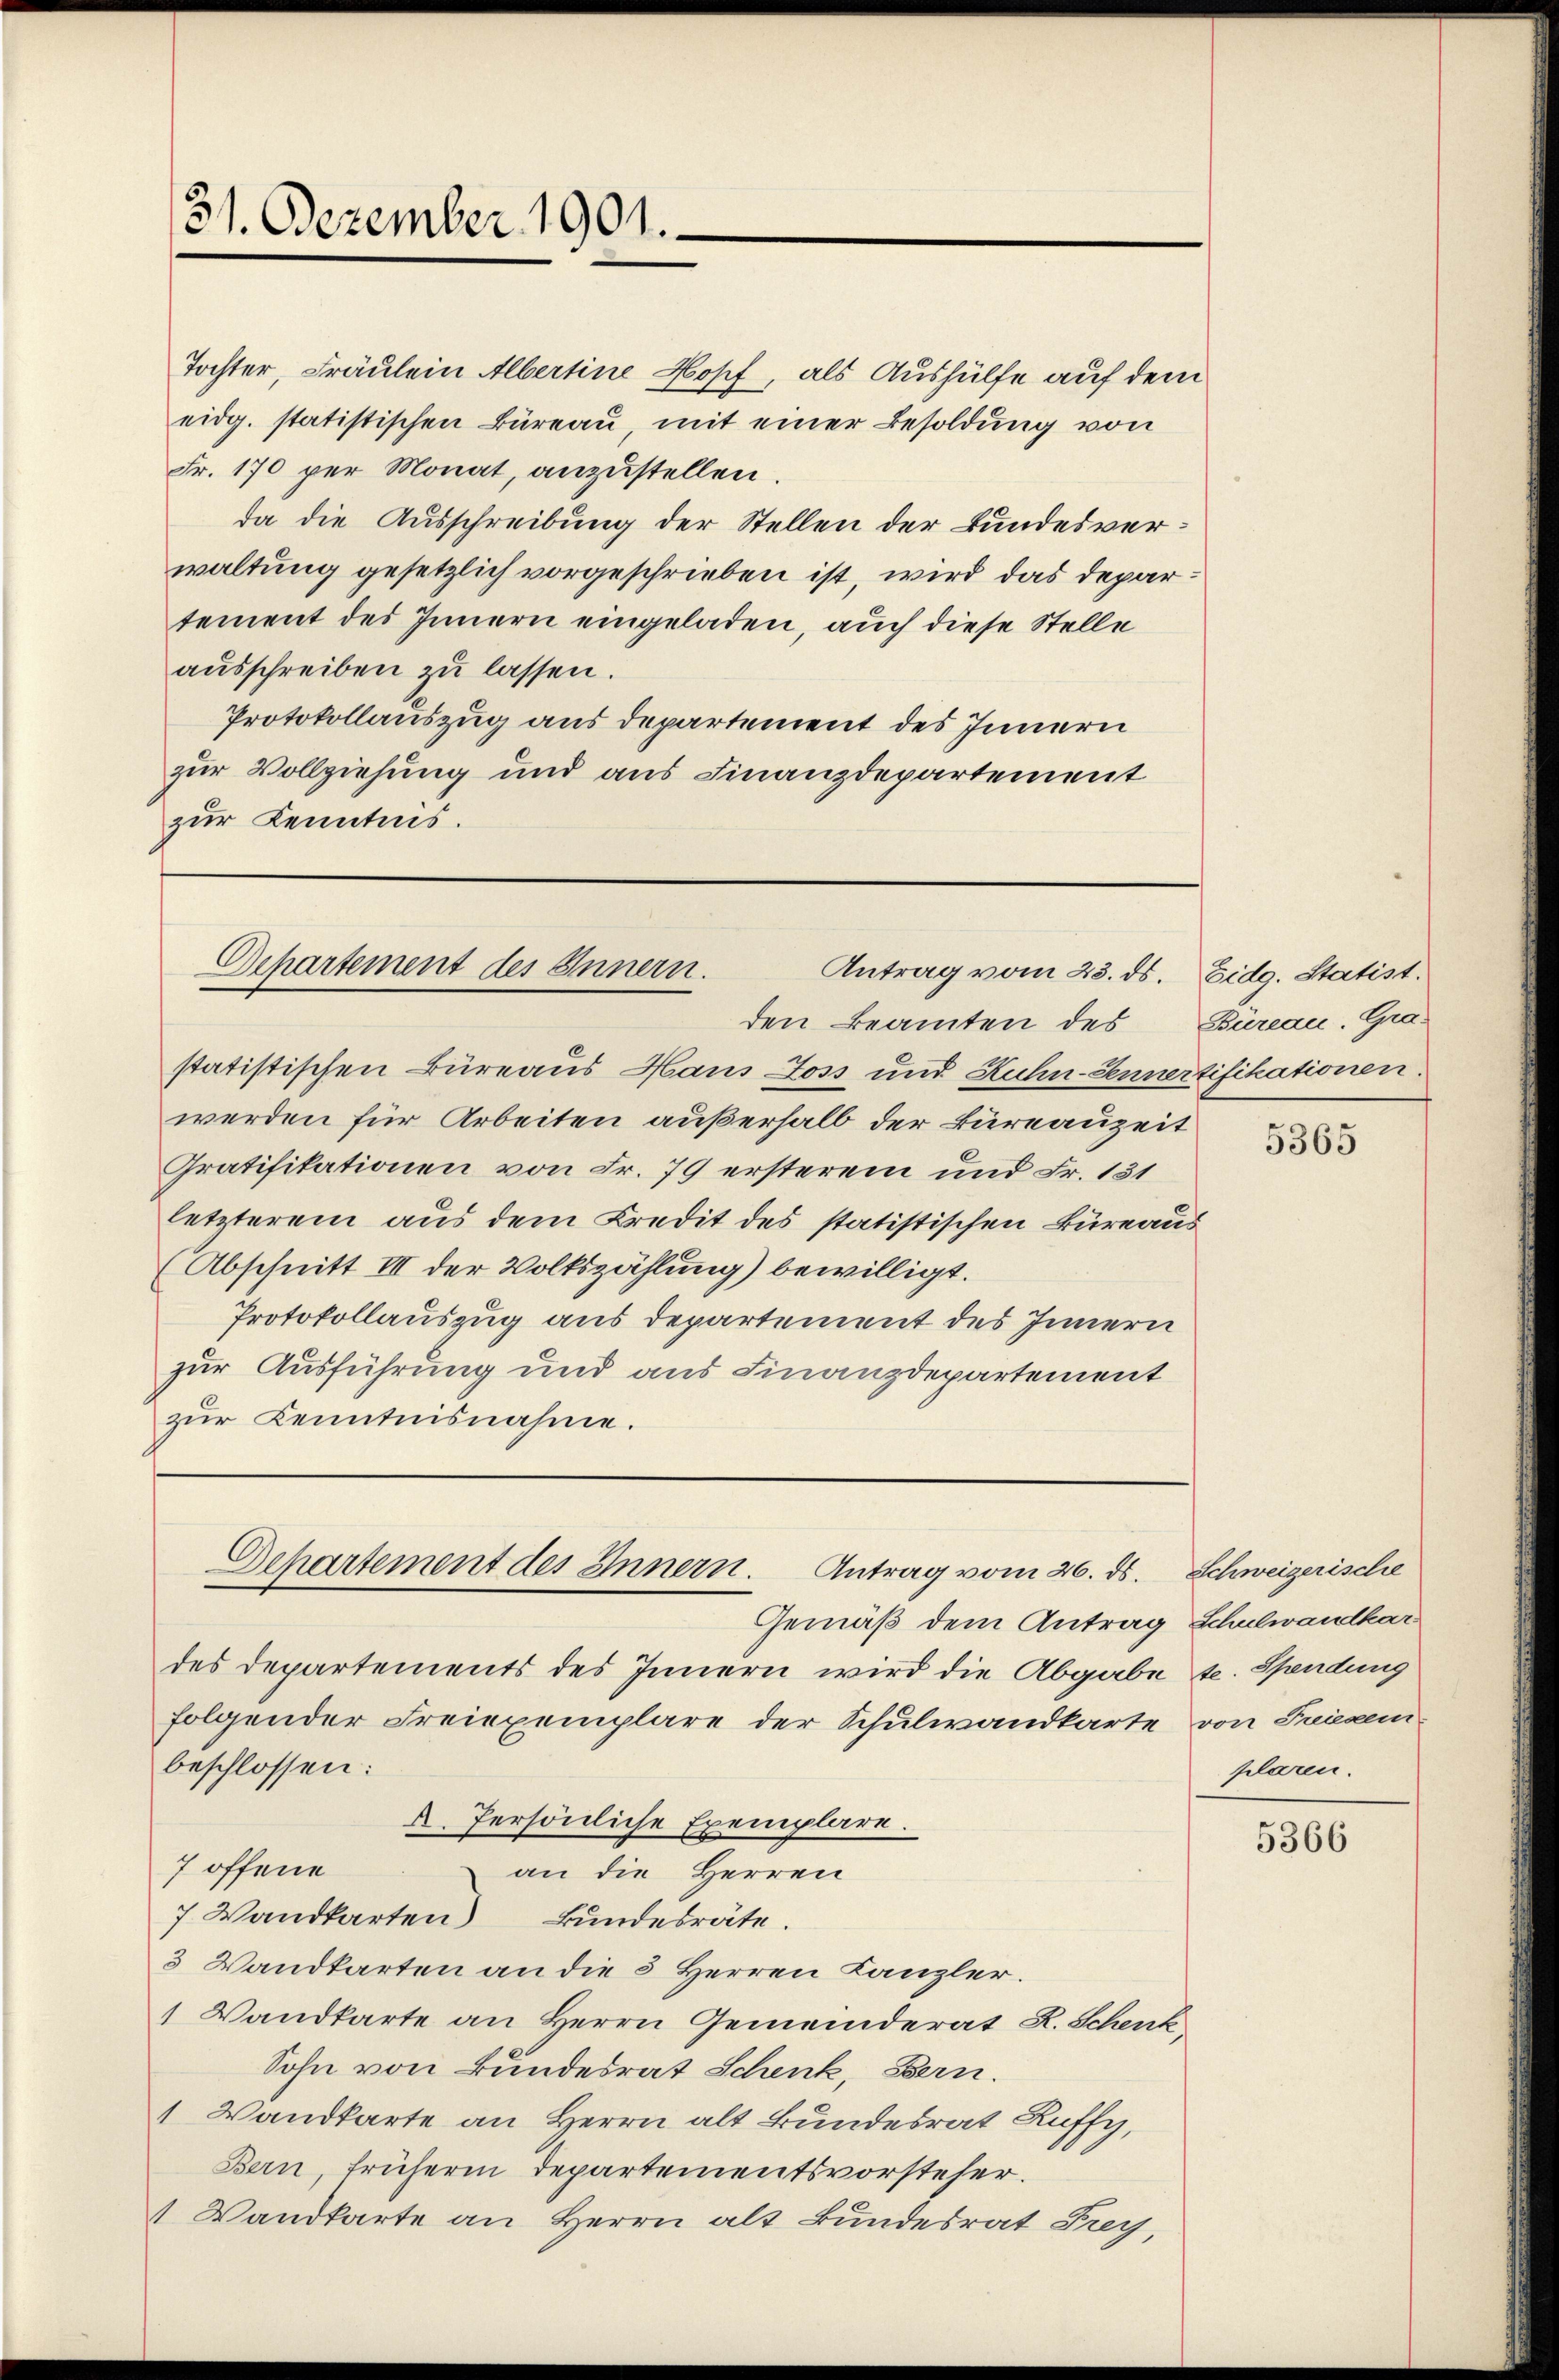
31. Dezember 1901.

Tochter, Fräulein Albertine Kopf, als Aushülfe auf dem
eidg. statistischen Büreau, mit einer Besoldung von
Fr. 170 per Monat, anzustellen.
da die Ausschreibung der Stellen der Bundesverwaltung gesetzlich vorgeschrieben ist, wird das Departement des Innern eingeladen, auch diese Stelle
ausschreiben zu lassen.
Protokollauszug aus departement des Innern
zur Vollziehung und aus Finanzdepartement
zur Kenntnis.

Departement des Innern.
Antrag vom 23. ds.
den Beamten des

Departement des Innern.
Antrag vom 26. ds. Schweizerische

Gemäß dem Antrag Schulwandkar
des Departements des Innern wird die Abgabe s. Spendung
folgender Freiexemplare der Schulwandkarte von Friesem
beschlossen:
A. Persönliche Exemplare.
7 offene
an die Herren
7 Wandkarten Bundesräte.
3 Wandkarten an die 5 Herren Kanzler.
1 Wandkarte an Herrn Gemeinderat R. Schenk
Sohn von Bundesrat Schenk, Bern.
1 Wandkarte an Herrn alt Bundesrat Ruffy,
Bern, früherm Departementsvorsteher.
 Wandkarte an Herrn alt Bundesrat Frey,

statistischen Büreaus Haus Loss und Kuhn-Sennertifikationen
werden für Arbeiten außerhalb der Büreauzeit
Gratifikationen von Fr. 79 ersterem und Fr. 131
letzterem aus dem Kredit des statistischen Büreaus
(Abschnitt III der Volkszählung) bewilligt.
Protokollauszug aus departement des Innern
zur Ausführung und aus Finanzdepartement
zŭr Kenntnisnahme.

Eidg. Statist.
Büreau. Gra¬

5365

plaren.

5366